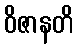
ဝိဇာနတိ